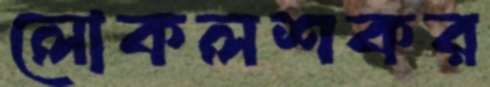
লোকলশকর